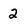
Character: 2